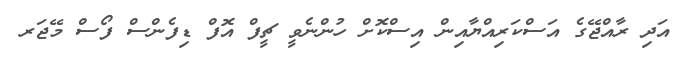
އަދި ރާއްޖޭގެ އަސްކަރިއްޔާއިން އިސްކޮށް ހުންނެވީ ޗީފް އޮފް ޑިފެންސް ފޯސް މޭޖަރ